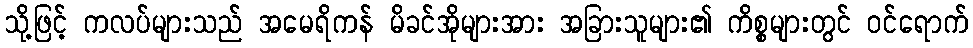
သို့ဖြင့် ကလပ်များသည် အမေရိကန် မိခင်အိုများအား အခြားသူများ၏ ကိစ္စများတွင် ဝင်ရောက်